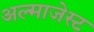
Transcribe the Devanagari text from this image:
अल्माजेस्ट